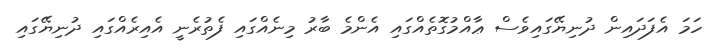
ހަމަ އެފަދައިން ދުނިޔޭގައިވެސް ޢާއްމުގޮތެއްގައި އެންމެ ބާރު މިނެއްގައި ފެތުރެނީ އެއިރެއްގައި ދުނިޔޭގައި